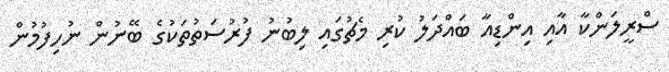
ސްރީލަންކާ އާއި އިންޑިއާ ބައްދަލު ކުރި މެޗުގައި ލިބުނު ފުރުސަތުތަކުގެ ބޭނުން ނުހިފުމުން